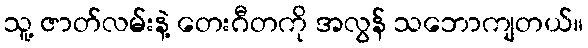
သူ့ ဇာတ်လမ်းနဲ့ တေးဂီတကို အလွန် သဘောကျတယ်။